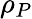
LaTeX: \rho_{P}